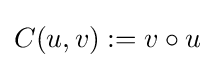
C(u,v):=v\circ u